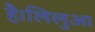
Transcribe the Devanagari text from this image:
है।लिलुआ